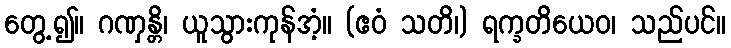
တွေ့၍။ ဂဏှန္တိ၊ ယူသွားကုန်အံ့။ (ဧဝံ သတိ၊) ရက္ခတိယေဝ၊ သည်ပင်။